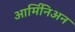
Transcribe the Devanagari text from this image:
आर्मिनिअन